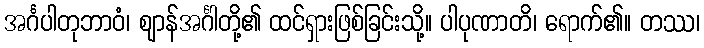
အင်္ဂပါတုဘာဝံ၊ ဈာန်အင်္ဂါတို့၏ ထင်ရှားဖြစ်ခြင်းသို့။ ပါပုဏာတိ၊ ရောက်၏။ တဿ၊